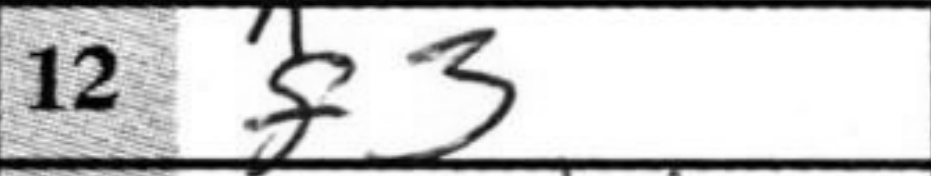
Transcription: f3